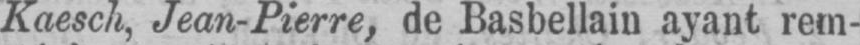
Kaesch, Jean-Pierre, de Basbellain ayant rem-